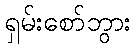
ရှမ်းစော်ဘွား